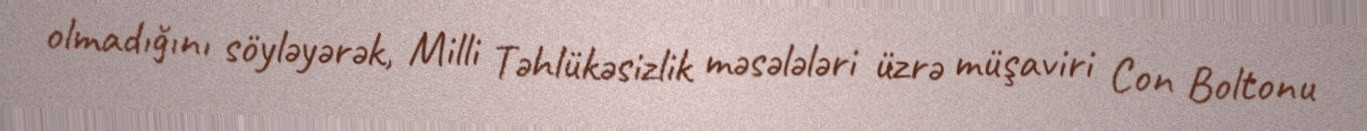
olmadığını söyləyərək, Milli Təhlükəsizlik məsələləri üzrə müşaviri Con Boltonu